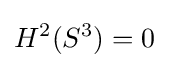
H^{2}(S^{3})=0